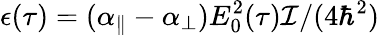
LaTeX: \epsilon(\tau)=(\alpha_{\parallel}-\alpha_{\perp})E_{0}^{2}(\tau)\mathcal{I}/(4\hbar^{2})